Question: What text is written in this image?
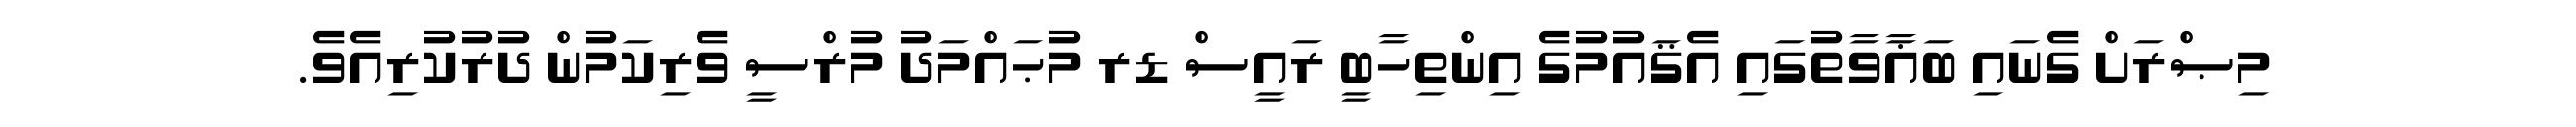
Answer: މިޞްރަށް ގެނައި ބަޣާވާތުގައި އެޤައުމުގެ އިންތިހާބީ ރައީސް ޑރ މުޙައްމަދު މުރްސީ ވެރިކަމުން ދުރުކުރިއެވެ.